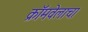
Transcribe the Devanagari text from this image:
क्रॉमवेलाचा